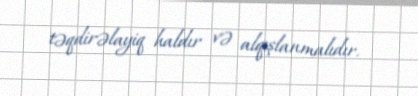
təqdirəlayiq haldır və alqışlanmalıdır.